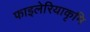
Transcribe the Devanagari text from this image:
फाइलेरियाकृमि